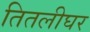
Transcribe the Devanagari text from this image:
तितलीघर